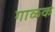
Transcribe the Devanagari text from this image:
गाळक